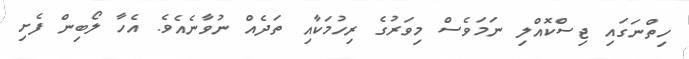
ހިތްނަގައި ޖިސްކޮއްލި ނަމަވެސް މިވަރުގެ ރިހުމަކާއި ތަދެއް ނުވާނެއެވެ. އެހާ ލޯބިން ފެށި